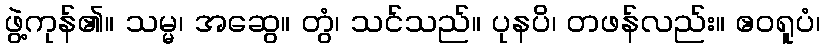
ဖွဲ့ကုန်၏။ သမ္မ၊ အဆွေ။ တွံ၊ သင်သည်။ ပုနပိ၊ တဖန်လည်း။ ဧဝရူပံ၊